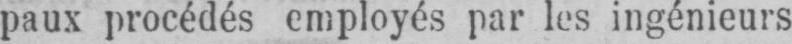
paux procédés employés par les ingénieurs